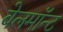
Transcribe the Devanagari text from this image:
बेलमॉन्ट